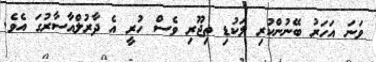
ވަނަ އަހަރު ބޭނުންކުރި ލަކުޑި ތިޖޫރި ވެސް ހުރީ އެ ދާރުލްއާސާރުގަ އެވެ.